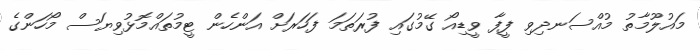
މައުލޫމާތު މުއްސަނދިވި ފީފާ ވީޑިއޯ ގޭމުގައި ފުރަތަަމަ ފަހަރަށް އަންހެން ޓީމުތައްމޮޅުވިޔަސް މޯހަންގެ